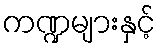
ကဏ္ဍများနှင့်